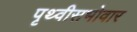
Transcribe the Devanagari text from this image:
पृथ्वीसभोवार